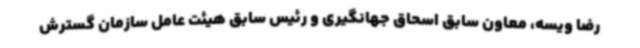
رضا ویسه، معاون سابق اسحاق جهانگیری و رئیس سابق هیئت عامل سازمان گسترش